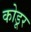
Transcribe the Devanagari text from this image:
कोडूर